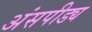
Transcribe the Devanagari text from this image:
अंसपीड्य